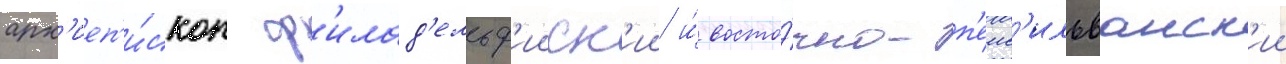
арх'иеп'и́скоп ф'илад'ельф'ииск'ии и́ восто́чно-п'енс'ильванск'ии